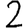
Digit: 2